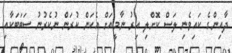
ދާއިންގެ ކައިވެނި ލަސް ކޮށްލި އިރު ނާމީއަށް އެކަން ކުރަން ނުކެރުނު ސަބަބަކާއި